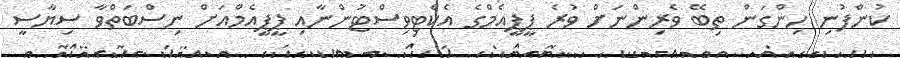
ކުންފުނި ހިންގަން ތިބޭ ވެރިންނަށް ވުރެ ޕީޕީއެމްގެ އެކްޓިވިސްޓުންނާއި ޕީޕީއެމްއަށް ނިސްބަތްވާ ސިޔާސީ